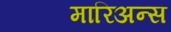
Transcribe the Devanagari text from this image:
मारिअन्स